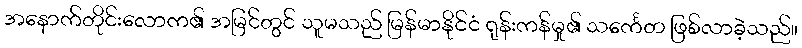
အနောက်တိုင်းလောက၏ အမြင်တွင် သူမသည် မြန်မာနိုင်ငံ ရုန်းကန်မှု၏ သင်္ကေတ ဖြစ်လာခဲ့သည်။